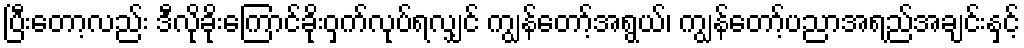
ပြီးတော့လည်း ဒီလိုခိုးကြောင်ခိုးဝှက်လုပ်ရလျှင် ကျွန်တော့်အရွယ်၊ ကျွန်တော့်ပညာအရည်အချင်းနှင့်